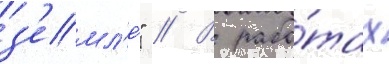
з'емл'е́" // В рабо́тах